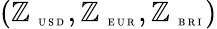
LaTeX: \left(\mathbb{Z}_{\mathrm{{~\tiny~U~S~D~}}},\mathbb{Z}_{\mathrm{{~\tiny~E~U~R~}}},\mathbb{Z}_{\mathrm{{~\tiny~B~R~I~}}}\right)